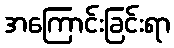
အကြောင်းခြင်းရာ